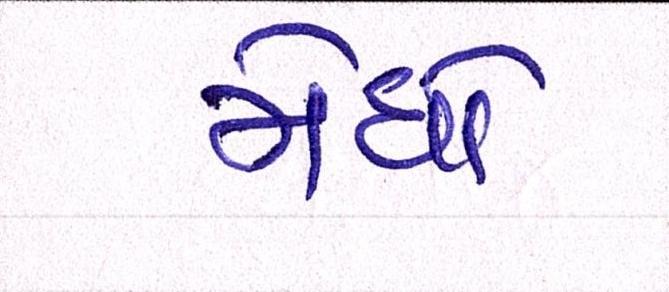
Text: મેઘો